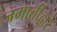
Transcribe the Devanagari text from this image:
जमातींद्वारे